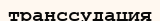
транссудация